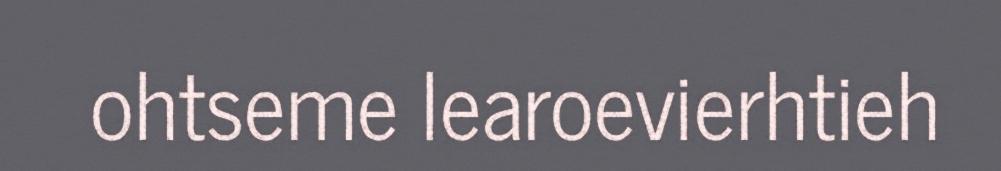
ohtseme learoevierhtieh